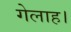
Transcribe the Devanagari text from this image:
गेलाह।